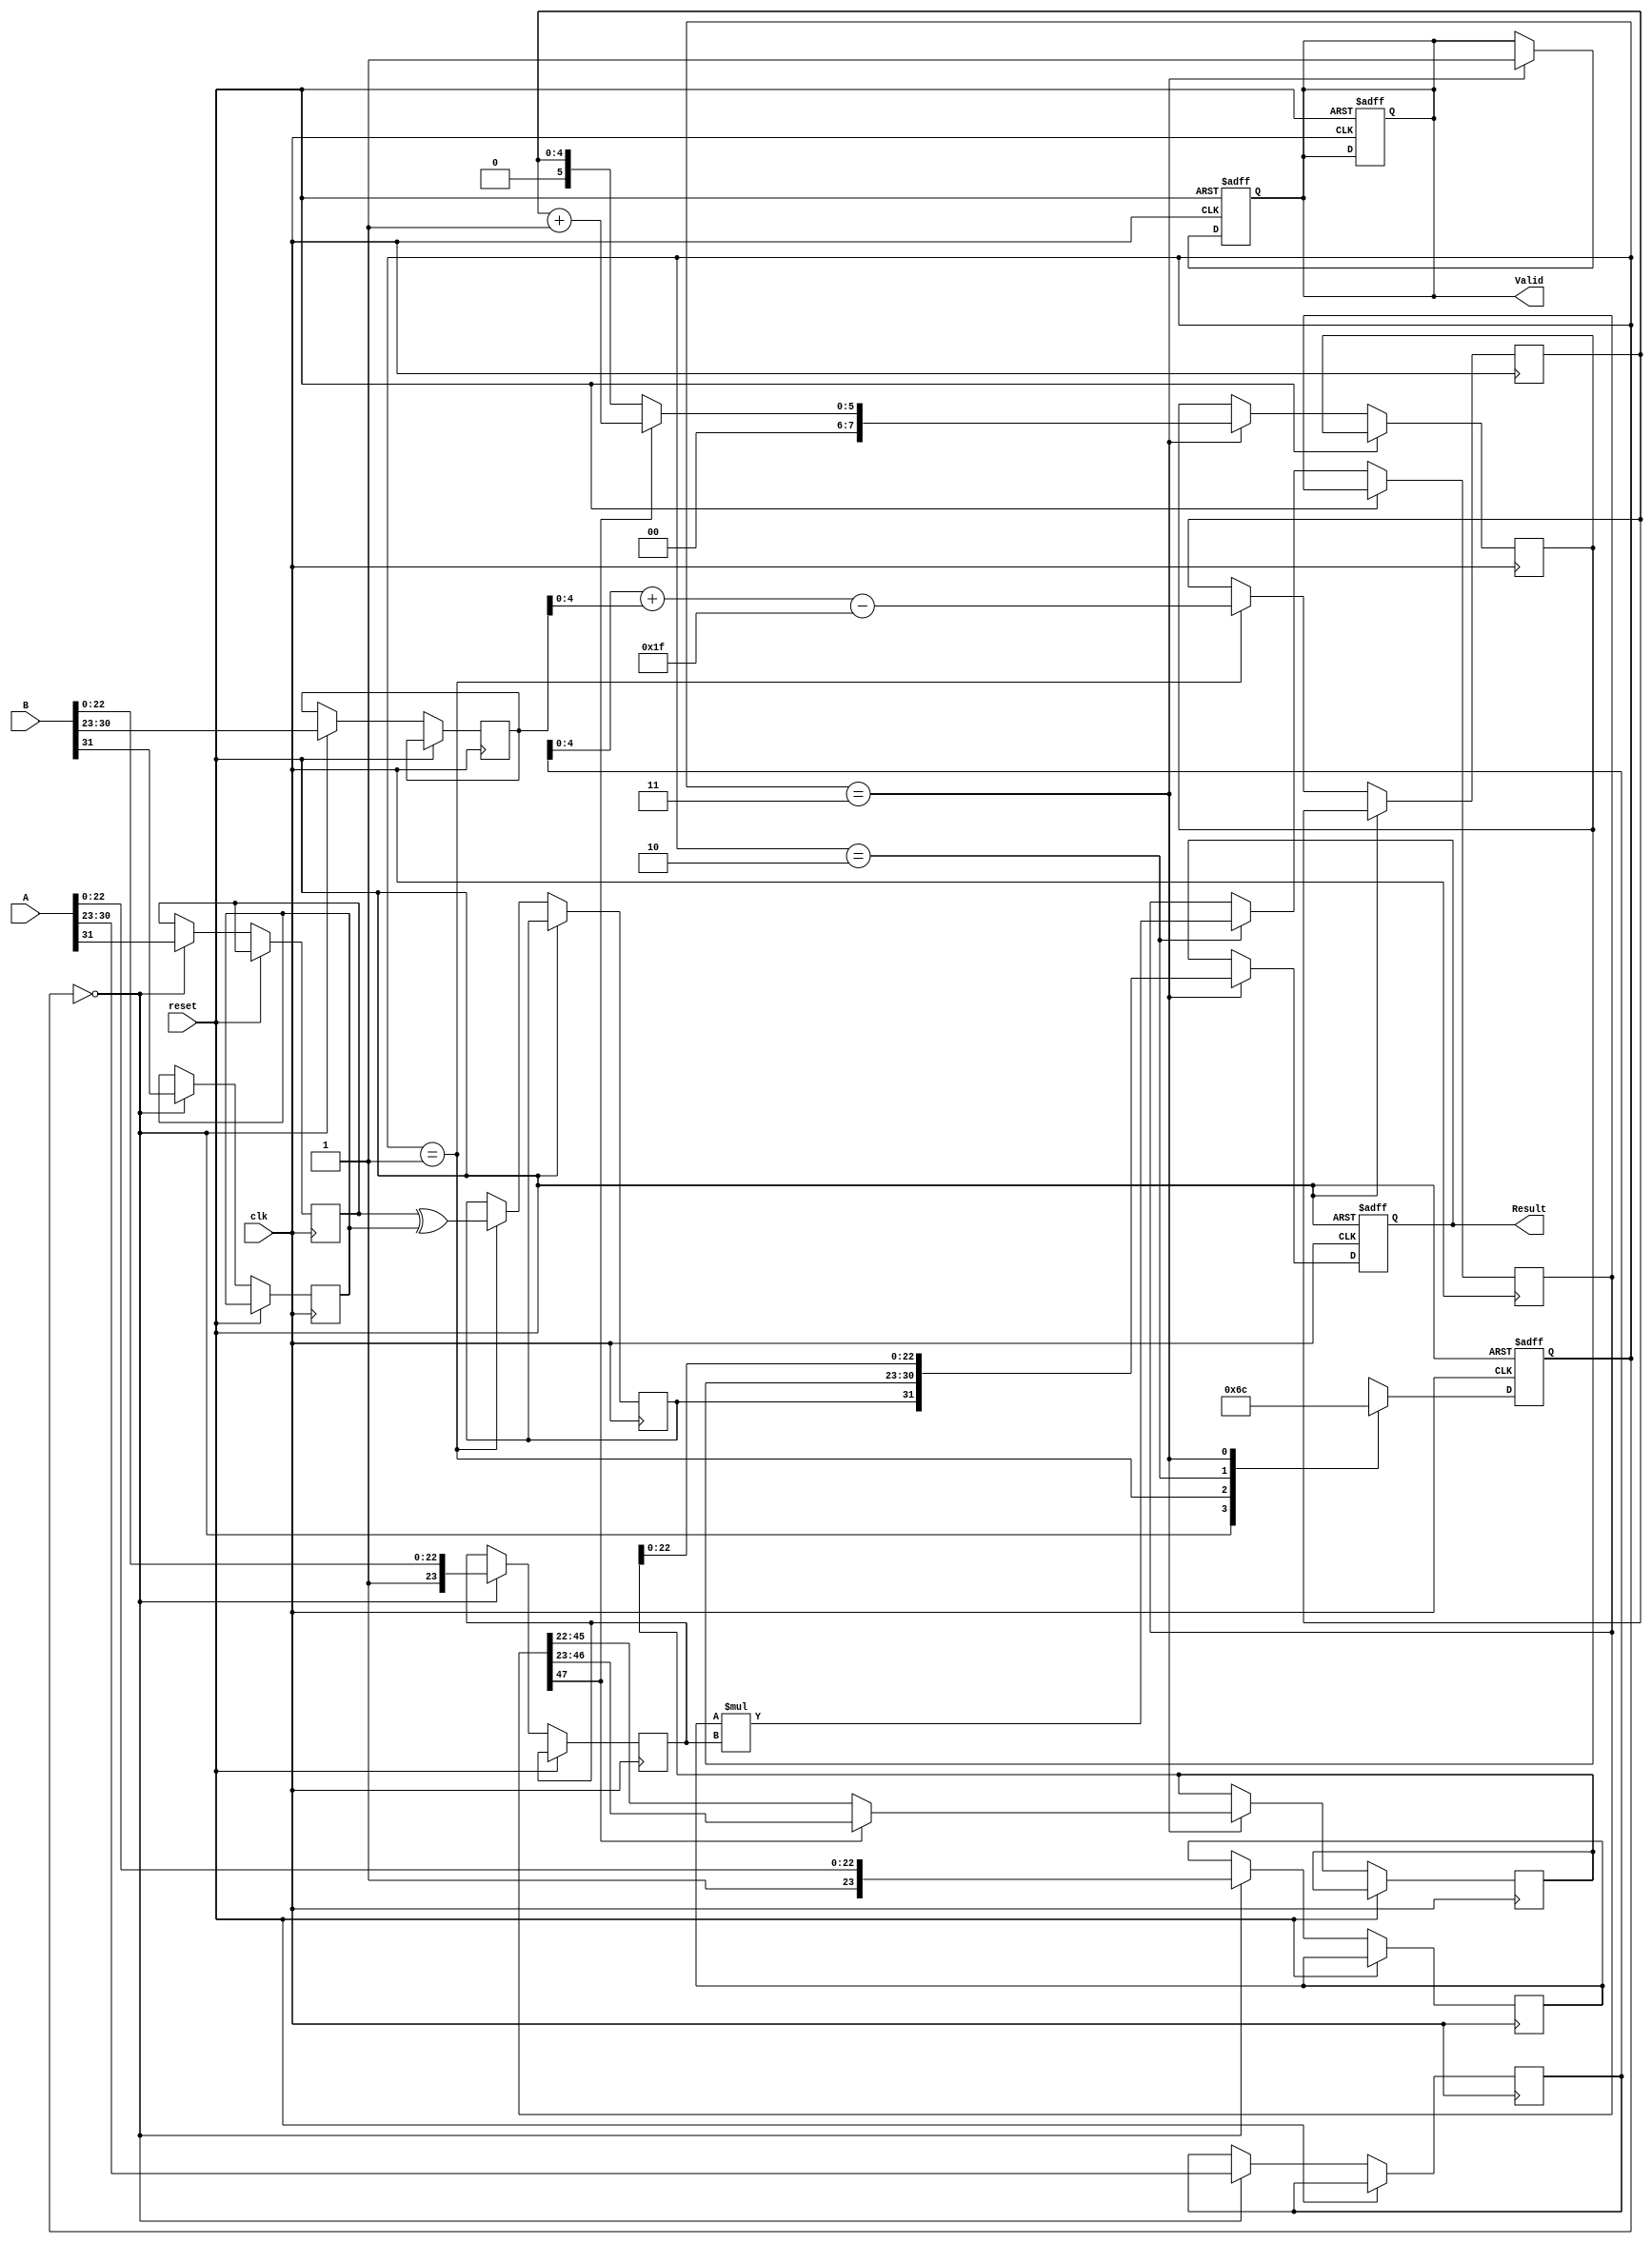
module pipelined_fp_multiplier (
    input clk,
    input reset,
    input [31:0] A, // Single precision floating-point input
    input [31:0] B, // Single precision floating-point input
    output reg [31:0] Result, // Floating-point output
    output reg Valid // Output valid signal
);

    // Pipeline registers
    reg [31:0] A_reg, B_reg; // Stage 1
    reg sign_a, sign_b, sign_result;
    reg [7:0] exponent_a, exponent_b, exponent_result;
    reg [23:0] mantissa_a, mantissa_b, mantissa_result;
    reg [47:0] mantissa_product; // Intermediate product for mantissas
    reg [4:0] exp_sum; // Sum of exponents

    // State for pipeline stages
    localparam STAGE1 = 2'b00, STAGE2 = 2'b01, STAGE3 = 2'b10, STAGE4 = 2'b11;
    reg [1:0] state, next_state;

    // Control logic
    always @(posedge clk or posedge reset) begin
        if (reset) begin
            state <= STAGE1;
            Valid <= 0;
        end else begin
            state <= next_state;
        end
    end

    // Next state logic
    always @(*) begin
        case (state)
            STAGE1: next_state = STAGE2;
            STAGE2: next_state = STAGE3;
            STAGE3: next_state = STAGE4;
            STAGE4: next_state = STAGE1; // Loop back to start
            default: next_state = STAGE1;
        endcase
    end

    // Pipeline processing
    always @(posedge clk or posedge reset) begin
        if (reset) begin
            A_reg <= 32'b0;
            B_reg <= 32'b0;
            Result <= 32'b0;
            Valid <= 0;
        end else begin
            case (state)
                STAGE1: begin
                    // Extract sign, exponent, and mantissa
                    A_reg <= A;
                    B_reg <= B;
                    sign_a <= A[31];
                    sign_b <= B[31];
                    exponent_a <= A[30:23];
                    exponent_b <= B[30:23];
                    mantissa_a <= {1'b1, A[22:0]}; // Assume normalized
                    mantissa_b <= {1'b1, B[22:0]}; // Assume normalized
                end
                STAGE2: begin
                    // Compute sign and exponent sum
                    sign_result <= sign_a ^ sign_b;
                    exp_sum <= exponent_a + exponent_b - 127; // Adjust for bias
                end
                STAGE3: begin
                    // Multiply mantissas
                    mantissa_product <= mantissa_a * mantissa_b;
                end
                STAGE4: begin
                    // Normalize mantissa and pack result
                    if (mantissa_product[47]) begin
                        // If overflow, shift right
                        mantissa_result <= mantissa_product[46:23];
                        exponent_result <= exp_sum + 1;
                    end else begin
                        mantissa_result <= mantissa_product[45:22];
                        exponent_result <= exp_sum;
                    end
                    // Pack result
                    Result <= {sign_result, exponent_result[7:0], mantissa_result[22:0]};
                    Valid <= 1; // Indicate valid output
                end
            endcase
        end
    end

endmodule